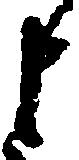
申